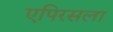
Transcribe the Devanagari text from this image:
एपिरसला